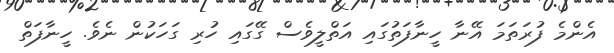
އެންމެ ފުރަތަމަ އޭނާ ހީނާފަތުގައި އަތްލީވެސް ގޭގައި ހުރި ގަހަކުން ނެވެ. ހީނާފަތް